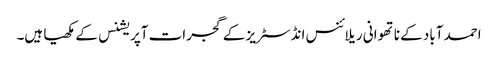
احمد آباد کے ناتھوانی ریلائنس انڈسٹریز کے گجرات آپریشنس کے مکھیا ہیں۔